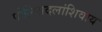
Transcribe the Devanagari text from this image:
पोलिसदलांशिवाय